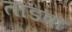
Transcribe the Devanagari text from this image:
तांडवा